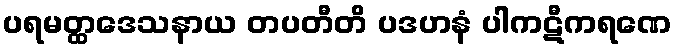
ပရမတ္ထဒေသနာယ တပတီတိ ပဒဟနံ ပါကဋီကရဏေ